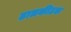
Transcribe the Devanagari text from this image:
ढालकीटक